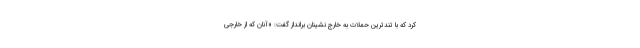
کرد که با تندترین حملات به خارج نشینان برانداز گفت: «‌آنان که از خارجی